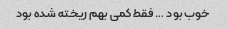
خوب بود … فقط کمی بهم ریخته شده بود